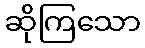
ဆိုကြသော